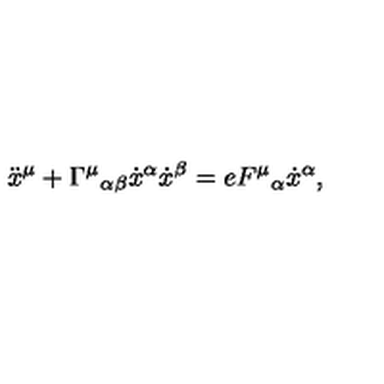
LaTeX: \ddot { x } ^ { \mu } + { \Gamma ^ { \mu } } _ { \alpha \beta } \dot { x } ^ { \alpha } \dot { x } ^ { \beta } = e { F ^ { \mu } } _ { \alpha } \dot { x } ^ { \alpha } ,